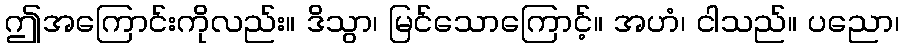
ဤအကြောင်းကိုလည်း။ ဒိသွာ၊ မြင်သောကြောင့်။ အဟံ၊ ငါသည်။ ပညော၊